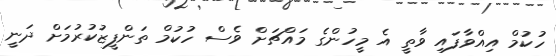
ހުކުމް އިއްވާފައި ވާތީ އެ މީހުންގެ މައްޗަށް ވެސް ހުކުމް ތަންފީޒުކުރުމަށް ދަނީ